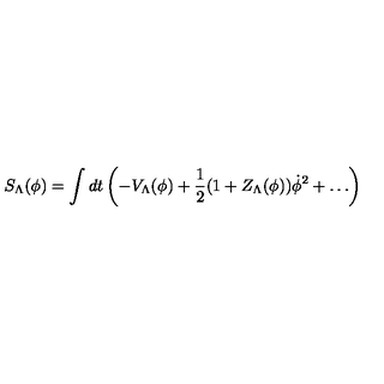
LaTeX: S _ { \Lambda } ( \phi ) = \int d t \left( - V _ { \Lambda } ( \phi ) + { \frac { 1 } { 2 } } ( 1 + Z _ { \Lambda } ( \phi ) ) \dot { \phi } ^ { 2 } + \ldots \right)